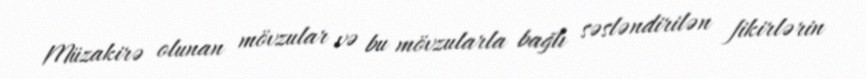
Müzakirə olunan mövzular və bu mövzularla bağlı səsləndirilən fikirlərin